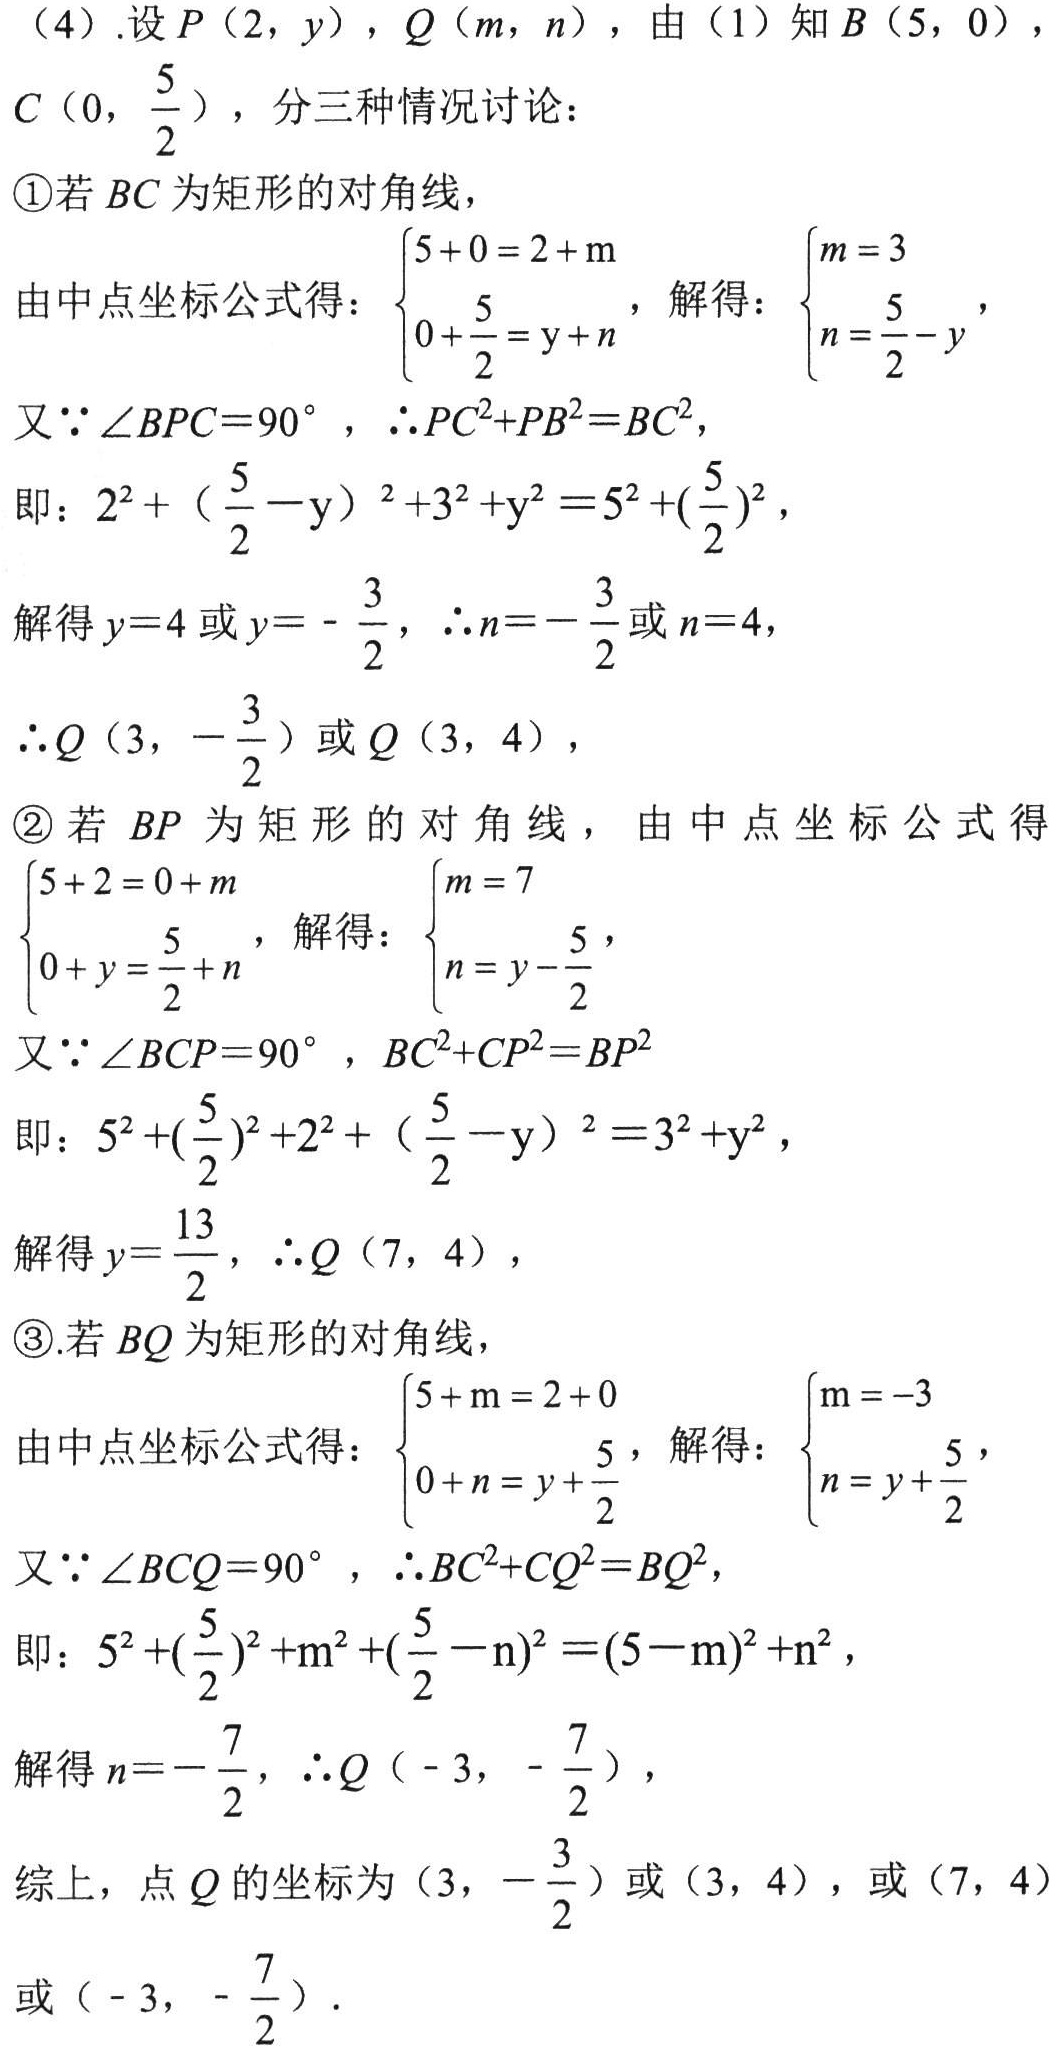
（4）.设\(P(2,y)\)，\(Q(m,n)\)，由（1）知\(B(5,0)\)，\(C(0,\frac{5}{2})\)，分三种情况讨论：
\textcircled{1}若\(BC\)为矩形的对角线，
由中点坐标公式得：\(\begin{cases}5 + 0 = 2 + m\\0+\frac{5}{2}=y + n\end{cases}\)，解得：\(\begin{cases}m = 3\\n=\frac{5}{2}-y\end{cases}\)，
又\(\because\angle BPC = 90^{\circ}\)，\(\therefore PC^{2}+PB^{2}=BC^{2}\)，
即：\(2^{2}+(\frac{5}{2}-y)^{2}+3^{2}+y^{2}=5^{2}+(\frac{5}{2})^{2}\)，
解得\(y = 4\)或\(y=-\frac{3}{2}\)，\(\therefore n=-\frac{3}{2}\)或\(n = 4\)，
\(\therefore Q(3,-\frac{3}{2})\)或\(Q(3,4)\)，
\textcircled{2}若\(BP\)为矩形的对角线，由中点坐标公式得\(\begin{cases}5 + 2 = 0 + m\\0 + y=\frac{5}{2}+n\end{cases}\)，解得：\(\begin{cases}m = 7\\n=y-\frac{5}{2}\end{cases}\)，
又\(\because\angle BCP = 90^{\circ}\)，\(BC^{2}+CP^{2}=BP^{2}\)
即：\(5^{2}+(\frac{5}{2})^{2}+2^{2}+(\frac{5}{2}-y)^{2}=3^{2}+y^{2}\)，
解得\(y=\frac{13}{2}\)，\(\therefore Q(7,4)\)，
\textcircled{3}.若\(BQ\)为矩形的对角线，
由中点坐标公式得：\(\begin{cases}5 + m = 2 + 0\\0 + n=y+\frac{5}{2}\end{cases}\)，解得：\(\begin{cases}m=-3\\n=y+\frac{5}{2}\end{cases}\)，
又\(\because\angle BCQ = 90^{\circ}\)，\(\therefore BC^{2}+CQ^{2}=BQ^{2}\)，
即：\(5^{2}+(\frac{5}{2})^{2}+m^{2}+(\frac{5}{2}-n)^{2}=(5 - m)^{2}+n^{2}\)，
解得\(n=-\frac{7}{2}\)，\(\therefore Q(-3,-\frac{7}{2})\)，
综上，点\(Q\)的坐标为\((3,-\frac{3}{2})\)或\((3,4)\)，或\((7,4)\)或\((-3,-\frac{7}{2})\)．